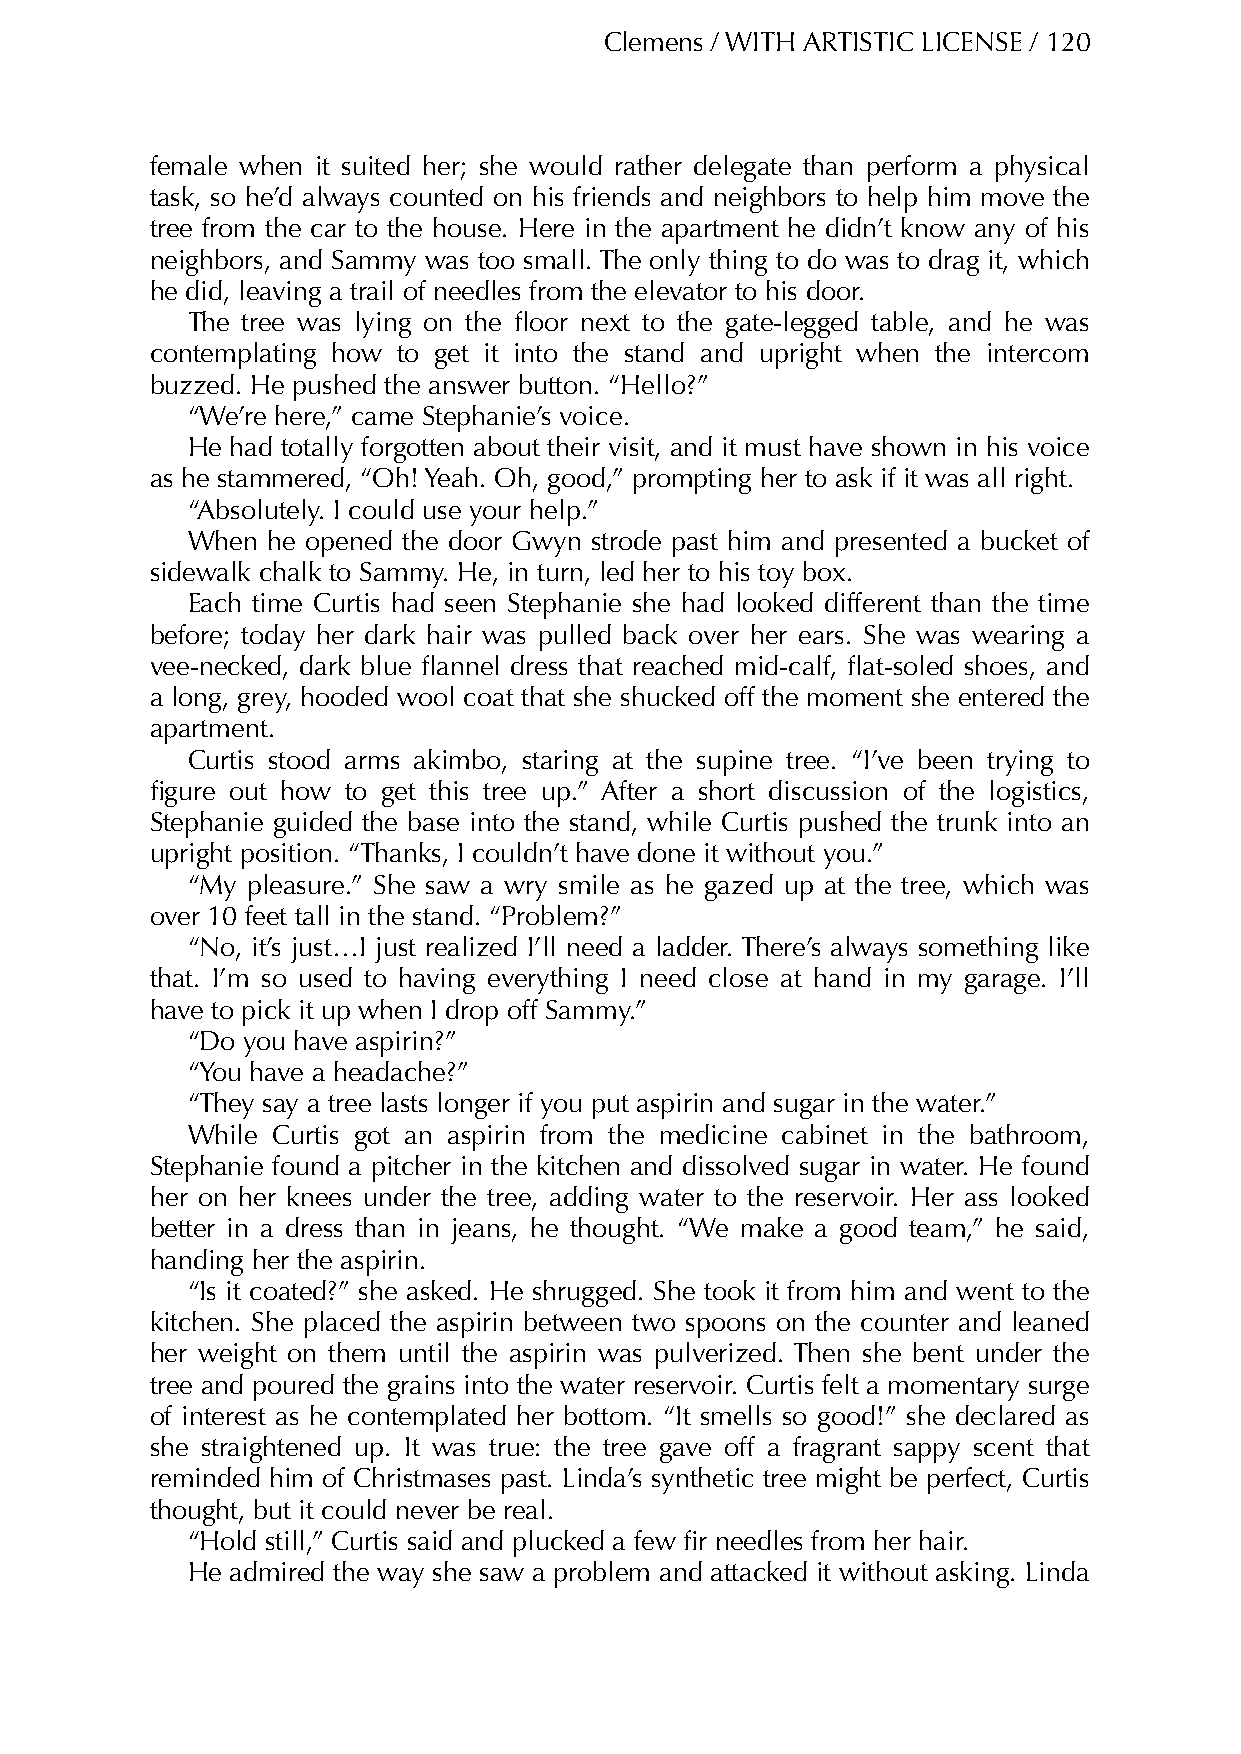
Clemens / WITH ARTISTIC LICENSE / 120
 female when it suited her; she would rather delegate than perform a physical
 task, so he’d always counted on his friends and neighbors to help him move the
 tree from the car to the house. Here in the apartment he didn’t know any of his
 neighbors, and Sammy was too small. The only thing to do was to drag it, which
 he did, leaving a trail of needles from the elevator to his door.
 The tree was lying on the floor next to the gate-legged table, and he was
 contemplating how to get it into the stand and upright when the intercom
 buzzed. He pushed the answer button. “Hello?”
 “We’re here,” came Stephanie’s voice.
 He had totally forgotten about their visit, and it must have shown in his voice
 as he stammered, “Oh! Yeah. Oh, good,” prompting her to ask if it was all right.
 “Absolutely. I could use your help.”
 When  he opened the door Gwyn strode past him and presented a bucket of
 sidewalk chalk to Sammy. He, in turn, led her to his toy box.
 Each time Curtis had seen Stephanie she had looked different than the time
 before; today her dark hair was pulled back over her ears. She was wearing a
 vee-necked, dark blue flannel dress that reached mid-calf, flat-soled shoes, and
 a long, grey, hooded wool coat that she shucked off the moment she entered the
 apartment.
 Curtis stood arms akimbo, staring at the supine tree. “I’ve been trying to
 figure out how to get this tree up.” After a short discussion of the logistics,
 Stephanie guided the base into the stand, while Curtis pushed the trunk into an
 upright position. “Thanks, I couldn’t have done it without you.”
 “My pleasure.” She saw a wry smile as he gazed up at the tree, which was
 over 10 feet tall in the stand. “Problem?”
 “No, it’s just…I just realized I’ll need a ladder. There’s always something like
 that. I’m so used to having everything I need close at hand in my garage. I’ll
 have to pick it up when I drop off Sammy.”
 “Do you have aspirin?”
 “You have a headache?”
 “They say a tree lasts longer if you put aspirin and sugar in the water.”
 While Curtis got an aspirin from the medicine cabinet in the bathroom,
 Stephanie found a pitcher in the kitchen and dissolved sugar in water. He found
 her on her knees under the tree, adding water to the reservoir. Her ass looked
 better in a dress than in jeans, he thought. “We make a good team,” he said,
 handing her the aspirin.
 “Is it coated?” she asked. He shrugged. She took it from him and went to the
 kitchen. She placed the aspirin between two spoons on the counter and leaned
 her weight on them until the aspirin was pulverized. Then she bent under the
 tree and poured the grains into the water reservoir. Curtis felt a momentary surge
 of interest as he contemplated her bottom. “It smells so good!” she declared as
 she straightened up. It was true: the tree gave off a fragrant sappy scent that
 reminded him of Christmases past. Linda’s synthetic tree might be perfect, Curtis
 thought, but it could never be real.
 “Hold still,” Curtis said and plucked a few fir needles from her hair.
 He admired the way she saw a problem and attacked it without asking. Linda